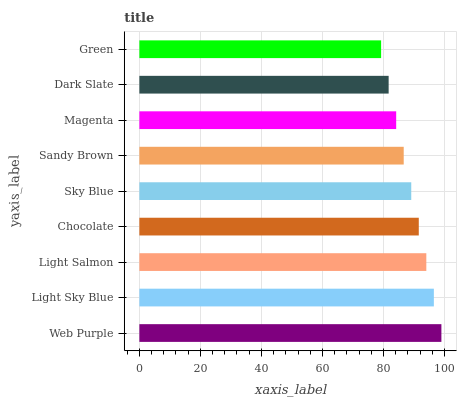
| yaxis_label | bars |
 | --- | --- |
 | Web Purple | 99 |
 | Light Sky Blue | 96.5 |
 | Light Salmon | 94.1 |
 | Chocolate | 91.6 |
 | Sky Blue | 89.1 |
 | Sandy Brown | 86.6 |
 | Magenta | 84.2 |
 | Dark Slate | 81.7 |
 | Green | 79.2 |